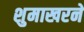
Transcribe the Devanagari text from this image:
शुमाखरने